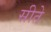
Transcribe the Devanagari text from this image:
सीते